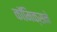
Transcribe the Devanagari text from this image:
कॉमिक्सने